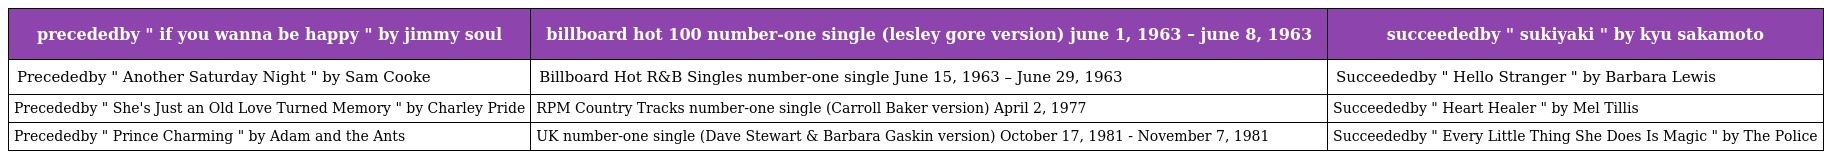
| precededby " if you wanna be happy " by jimmy soul | billboard hot 100 number-one single (lesley gore version) june 1, 1963 – june 8, 1963 | succeededby " sukiyaki " by kyu sakamoto |
 | --- | --- | --- |
 | Precededby " Another Saturday Night " by Sam Cooke | Billboard Hot R&B Singles number-one single June 15, 1963 – June 29, 1963 | Succeededby " Hello Stranger " by Barbara Lewis |
 | Precededby " She's Just an Old Love Turned Memory " by Charley Pride | RPM Country Tracks number-one single (Carroll Baker version) April 2, 1977 | Succeededby " Heart Healer " by Mel Tillis |
 | Precededby " Prince Charming " by Adam and the Ants | UK number-one single (Dave Stewart & Barbara Gaskin version) October 17, 1981 - November 7, 1981 | Succeededby " Every Little Thing She Does Is Magic " by The Police |